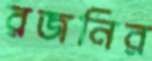
রজনির